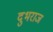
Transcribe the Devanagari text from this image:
दुभराज